Civil Veterinary Dept. North-West Frontier Province 1933-46 - 1933-1946
Year: 1933
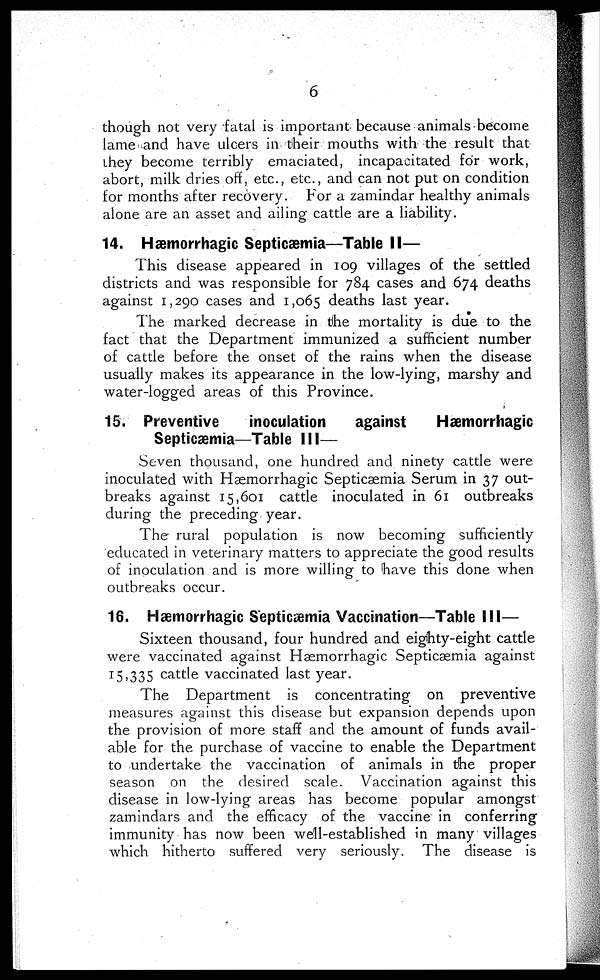
6
though not very fatal is important because animals become
lame and have ulcers in their mouths with the result that
they become terribly emaciated, incapacitated for work,
abort, milk dries off, etc., etc., and can not put on condition
for months after recovery. For a zamindar healthy animals
alone are an asset and ailing cattle are a liability.
14. Hæmorrhagic Septicæmia—Table II—
This disease appeared in 109 villages of the settled
districts and was responsible for 784 cases and 674 deaths
against 1,290 cases and 1,065 deaths last year.
The marked decrease in the mortality is due to the
fact that the Department immunized a sufficient number
of cattle before the onset of the rains when the disease
usually makes its appearance in the low-lying, marshy and
water-logged areas of this Province.
15. Preventive
inoculation
against
Hæmorrhagic
Septicæmia—Table III—
Seven thousand, one hundred and ninety cattle were
inoculated with Hæmorrhagic Septicaemia Serum in 37 out-
breaks against 15,601 cattle inoculated in 61 outbreaks
during the preceding year.
The rural population is now becoming sufficiently
educated in veterinary matters to appreciate the good results
of inoculation and is more willing to have this done when
outbreaks occur.
16. Hæmorrhagic Septicaemia Vaccination—Table III—
Sixteen thousand, four hundred and eighty-eight cattle
were vaccinated against Hæmorrhagic Septicaemia against
15,335 cattle vaccinated last year.
The Department is concentrating on preventive
measures against this disease but expansion depends upon
the provision of more staff and the amount of funds avail-
able for the purchase of vaccine to enable the Department
to undertake the vaccination of animals in the proper
season on the desired scale. Vaccination against this
disease in low-lying areas has become popular amongst
zamindars and the efficacy of the vaccine in conferring
immunity has now been well-established in many villages
which hitherto suffered very seriously. The disease is